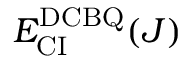
E _ { \mathrm { C I } } ^ { \mathrm { D C B Q } } ( J )